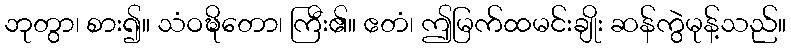
ဘုတွာ၊ စား၍။ သံဝဍ္ဎိတော၊ ကြီး၏။ ဧတံ၊ ဤမြက်ထမင်းချိုး ဆန်ကွဲမုန့်သည်။